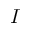
I